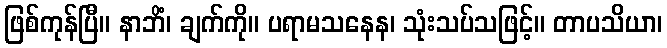
ဖြစ်ကုန်ပြီ။ နာဘိံ၊ ချက်ကို။ ပရာမသနေန၊ သုံးသပ်သဖြင့်။ တာပသိယာ၊